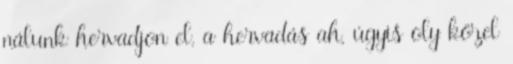
nálunk hervadjon el, a hervadás ah, úgyis oly közel